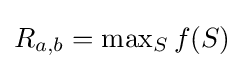
{\textstyle R_{a,b}=\max _{S}f(S)}